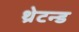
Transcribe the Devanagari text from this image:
थ्रेटन्ड